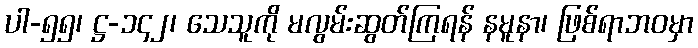
ပါ-၅၅၊ ဋ္ဌ-၁၄၂၊ သေသူကို မလွမ်းဆွတ်ကြရန် နမူနာ၊ ဖြစ်ရာဘဝမှာ